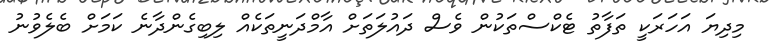
މިދިޔަ އަހަރަކީ ތަފާތު ޓެކްސްތަކުން ވެސް ދައުލަތަށް އާމްދަނީތަކެއް ލިބިގެންދާނެ ކަމަށް ބެލެވުނު